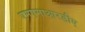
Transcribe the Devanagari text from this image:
एमएमाआरडीए